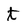
Character: t